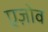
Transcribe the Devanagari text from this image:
एज़ोव